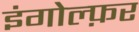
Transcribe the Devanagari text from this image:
इंगोल्फ़र